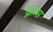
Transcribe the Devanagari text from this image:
फ़्रेम्स